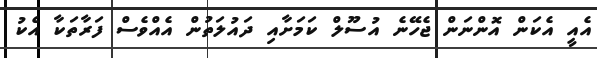
އެއީ އެކަން އޮންނަން ޖެހޭނެ އުސޫލް ކަމަށާއި ދައުލަތުން އެއްވެސް ފަރާތަކާ އެކު